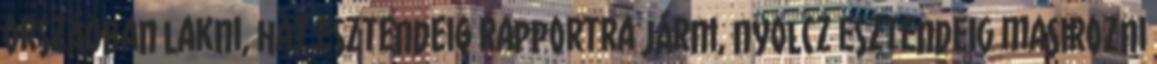
országban lakni, hat esztendeig rapportra járni, nyolcz esztendeig masirozni